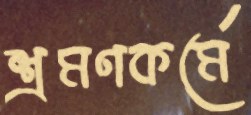
শ্রমণকর্মে